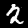
Label: 2